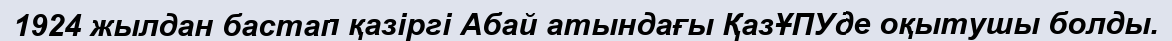
1924 жылдан бастап қазіргі Абай атындағы ҚазҰПУде оқытушы болды.